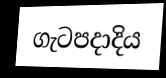
ගැටපදාදිය